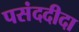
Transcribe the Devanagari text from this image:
पसंददीदा